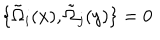
\{ \tilde { \Omega } _ { i } ( x ) , \tilde { \Omega } _ { j } ( y ) \} = 0